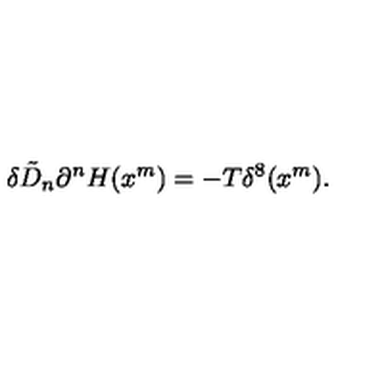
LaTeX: \delta \tilde { D } _ { n } \partial ^ { n } H ( x ^ { m } ) = - T \delta ^ { 8 } ( x ^ { m } ) .